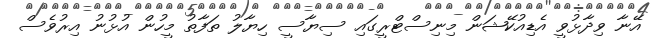
އޭނާ ވިދާޅުވީ އެޑިއުކޭޝަން މިނިސްޓްރީގައި ސިޔާސީ ހިޔާލު ތަފާތު މީހުން އުޅުނު އިރުވެސް